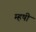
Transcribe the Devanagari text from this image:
म्हषी